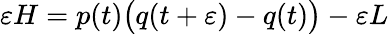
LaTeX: \varepsilon H=p(t){\big(}q(t+\varepsilon)-q(t){\big)}-\varepsilon L